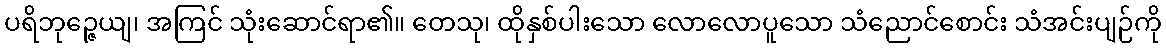
ပရိဘုဉ္ဇေယျ၊ အကြင် သုံးဆောင်ရာ၏။ တေသု၊ ထိုနှစ်ပါးသော လောလောပူသော သံညောင်စောင်း သံအင်းပျဉ်ကို